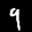
Label: 9